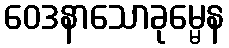
ဝေဒနာသောခုမ္မေန